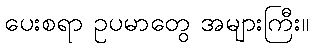
ပေးစရာ ဥပမာတွေ အများကြီး။